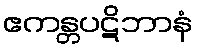
ဧကန္တပဋိဘာနံ